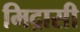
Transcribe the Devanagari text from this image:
मिद्रासी